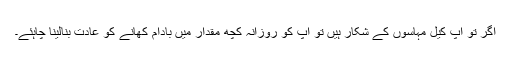
اگر تو آپ کیل مہاسوں کے شکار ہیں تو آپ کو روزانہ کچھ مقدار میں بادام کھانے کو عادت بنالینا چاہئے۔